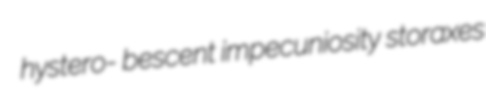
hystero- bescent impecuniosity storaxes